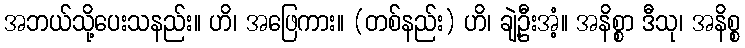
အဘယ်သို့ပေးသနည်း။ ဟိ၊ အဖြေကား။ (တစ်နည်း) ဟိ၊ ချဲ့ဦးအံ့။ အနိစ္စာ ဒီသု၊ အနိစ္စ